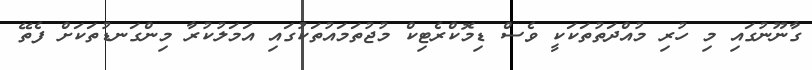
ގާނޫނުގައި މި ހުރި މުއްދަތުތަކަކީ ވެސް ޑިމޮކްރެޓިކް މުޖުތަމައުތަކުގައި އަމަލުކުރާ މިންގަނޑުތަކަށް ފެތޭ